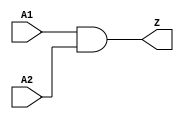
`timescale 1ns/1ns
module AND2 (A1, A2, Z);
  input A1;
  input A2;
  output Z;

  and(Z, A1, A2);



endmodule